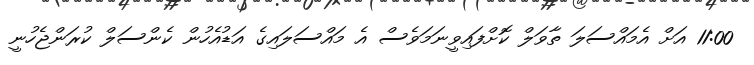
11:00 އަށް އެމައްސަލަ ތާވަލް ކޮށްފައިވީނަމަވެސް އެ މައްސަލައިގެ އަޑުއެހުން ކެންސަލް ކުރަންޖެހުނީ